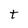
Character: t